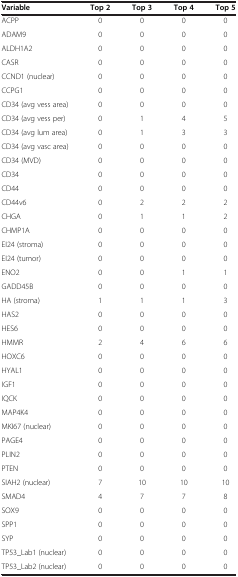
<table><thead><tr><td><b>Variable</b></td><td><b>Top 2</b></td><td><b>Top 3</b></td><td><b>Top 4</b></td><td><b>Top 5</b></td></tr></thead><tbody><tr><td>ACPP</td><td>0</td><td>0</td><td>0</td><td>0</td></tr><tr><td>ADAM9</td><td>0</td><td>0</td><td>0</td><td>0</td></tr><tr><td>ALDH1A2</td><td>0</td><td>0</td><td>0</td><td>0</td></tr><tr><td>CASR</td><td>0</td><td>0</td><td>0</td><td>0</td></tr><tr><td>CCND1 (nuclear)</td><td>0</td><td>0</td><td>0</td><td>0</td></tr><tr><td>CCPG1</td><td>0</td><td>0</td><td>0</td><td>0</td></tr><tr><td>CD34 (avg vess area)</td><td>0</td><td>0</td><td>0</td><td>0</td></tr><tr><td>CD34 (avg vess per)</td><td>0</td><td>1</td><td>4</td><td>5</td></tr><tr><td>CD34 (avg lum area)</td><td>0</td><td>1</td><td>3</td><td>3</td></tr><tr><td>CD34 (avg vasc area)</td><td>0</td><td>0</td><td>0</td><td>0</td></tr><tr><td>CD34 (MVD)</td><td>0</td><td>0</td><td>0</td><td>0</td></tr><tr><td>CD34</td><td>0</td><td>0</td><td>0</td><td>0</td></tr><tr><td>CD44</td><td>0</td><td>0</td><td>0</td><td>0</td></tr><tr><td>CD44v6</td><td>0</td><td>2</td><td>2</td><td>2</td></tr><tr><td>CHGA</td><td>0</td><td>1</td><td>1</td><td>2</td></tr><tr><td>CHMP1A</td><td>0</td><td>0</td><td>0</td><td>0</td></tr><tr><td>EI24 (stroma)</td><td>0</td><td>0</td><td>0</td><td>0</td></tr><tr><td>EI24 (tumor)</td><td>0</td><td>0</td><td>0</td><td>0</td></tr><tr><td>ENO2</td><td>0</td><td>0</td><td>1</td><td>1</td></tr><tr><td>GADD45B</td><td>0</td><td>0</td><td>0</td><td>0</td></tr><tr><td>HA (stroma)</td><td>1</td><td>1</td><td>1</td><td>3</td></tr><tr><td>HAS2</td><td>0</td><td>0</td><td>0</td><td>0</td></tr><tr><td>HES6</td><td>0</td><td>0</td><td>0</td><td>0</td></tr><tr><td>HMMR</td><td>2</td><td>4</td><td>6</td><td>6</td></tr><tr><td>HOXC6</td><td>0</td><td>0</td><td>0</td><td>0</td></tr><tr><td>HYAL1</td><td>0</td><td>0</td><td>0</td><td>0</td></tr><tr><td>IGF1</td><td>0</td><td>0</td><td>0</td><td>0</td></tr><tr><td>IQCK</td><td>0</td><td>0</td><td>0</td><td>0</td></tr><tr><td>MAP4K4</td><td>0</td><td>0</td><td>0</td><td>0</td></tr><tr><td>MKI67 (nuclear)</td><td>0</td><td>0</td><td>0</td><td>0</td></tr><tr><td>PAGE4</td><td>0</td><td>0</td><td>0</td><td>0</td></tr><tr><td>PLIN2</td><td>0</td><td>0</td><td>0</td><td>0</td></tr><tr><td>PTEN</td><td>0</td><td>0</td><td>0</td><td>0</td></tr><tr><td>SIAH2 (nuclear)</td><td>7</td><td>10</td><td>10</td><td>10</td></tr><tr><td>SMAD4</td><td>4</td><td>7</td><td>7</td><td>8</td></tr><tr><td>SOX9</td><td>0</td><td>0</td><td>0</td><td>0</td></tr><tr><td>SPP1</td><td>0</td><td>0</td><td>0</td><td>0</td></tr><tr><td>SYP</td><td>0</td><td>0</td><td>0</td><td>0</td></tr><tr><td>TP53_Lab1 (nuclear)</td><td>0</td><td>0</td><td>0</td><td>0</td></tr><tr><td>TP53_Lab2 (nuclear)</td><td>0</td><td>0</td><td>0</td><td>0</td></tr></tbody></table>